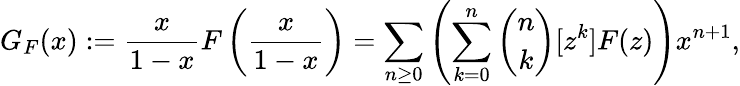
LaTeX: G_{F}(x):={\frac{x}{1-x}}F\left({\frac{x}{1-x}}\right)=\sum_{n\geq 0}\left(\sum_{k=0}^{n}{\binom{n}{k}}[z^{k}]F(z)\right)x^{n+1},